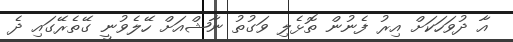
އާ ދުވަހަކަށް އިރު ފެނުން ތޮޅެލި ވަގުތު ނާޝްއަށް ހޭލެވުނީ ގޭތެރޭގައި ދެ